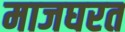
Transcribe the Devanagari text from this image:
माजघरत